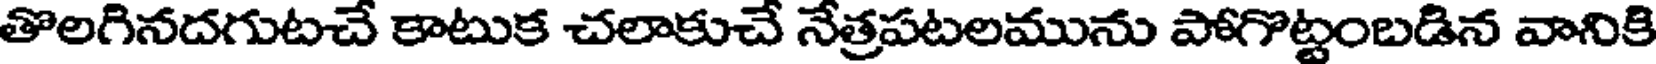
తొలగినదగుటచే కాటుక చలాకుచే నేత్రపటలమును పోగొట్టంబడిన వానికి